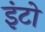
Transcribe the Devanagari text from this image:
इंटो